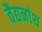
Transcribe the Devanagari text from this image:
वैद्यनांथ